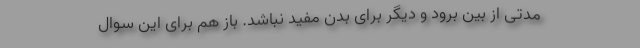
مدتی از بین برود و دیگر برای بدن مفید نباشد. باز هم برای این سوال